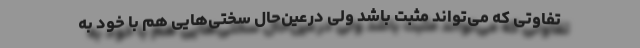
تفاوتی که می‌تواند مثبت باشد ولی در‌عین‌حال سختی‌هایی هم با خود به